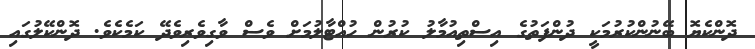
ދޮންކެޔޮ ބޭނުންކުރުމަކީ ދުންފަތުގެ އިސްތިއުމާލު ކުރުން ހުއްޓާލުމަށް ވެސް ވާގިވެރިވެދޭ ކަމެކެވެ. ދޮންކޭލުގައި